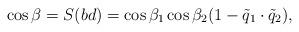
LaTeX: \begin{align*}\cos\beta=S(bd)=\cos\beta_1\cos\beta_2(1-\tilde q_1\cdot \tilde q_2),\end{align*}